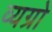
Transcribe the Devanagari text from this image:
व्यग्रो